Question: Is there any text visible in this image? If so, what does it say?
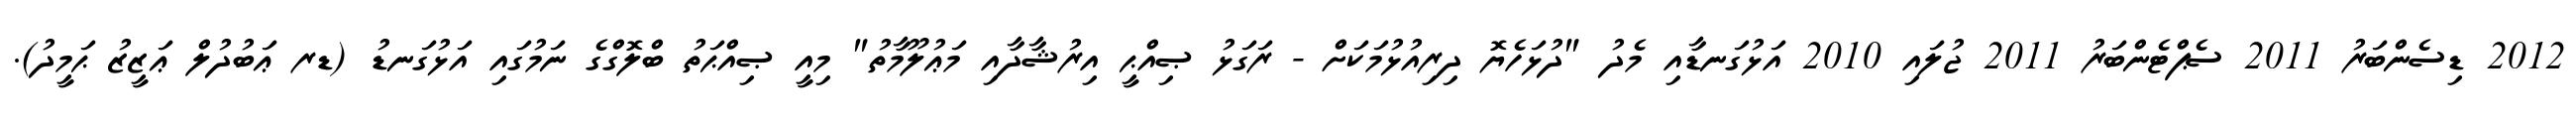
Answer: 2012 ޑިސެންބަރު 2011 ސެޕްޓެންބަރު 2011 ޖުލައި 2010 އަޅުގަނޑާއި މެދު "ދުޅަހެޔޮ ދިރިއުޅުމަކަށް - ރަގަޅު ޞިއްޙީ އިރުޝާދާއި މަޢުލޫމާތު" މިއީ ޞިއްޙަތު ބްލޮގްގެ ނަމުގައި އަޅުގަނޑު (ޑރ ޢަބުދުލް ޢަޒީޒު ޙަމީދު).